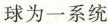
球为一系统